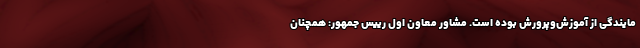
مایندگی از آموزش‌وپرورش بوده است. مشاور معاون اول رییس جمهور: همچنان